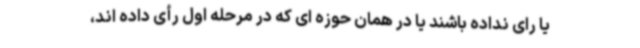
یا رای نداده باشند یا در همان حوزه ای که در مرحله اول رأی داده اند،